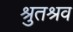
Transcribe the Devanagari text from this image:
श्रुतश्रव